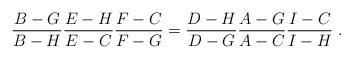
LaTeX: \begin{align*}\frac{B-G}{B-H}\frac{E-H}{E-C}\frac{F-C}{F-G}=\frac{D-H}{D-G}\frac{A-G}{A-C}\frac{I-C}{I-H}\;.\end{align*}